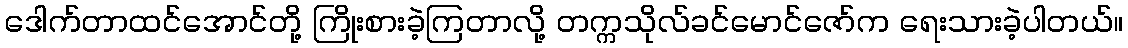
ဒေါက်တာထင်အောင်တို့ ကြိုးစားခဲ့ကြတာလို့ တက္ကသိုလ်ခင်မောင်ဇော်က ရေးသားခဲ့ပါတယ်။